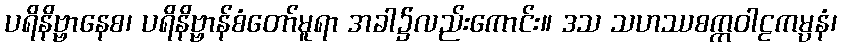
ပရိနိဗ္ဗာနေစ၊ ပရိနိဗ္ဗာန်စံတော်မူရာ အခါ၌လည်းကောင်း။ ဒသ သဟဿစက္ကဝါဠကမ္ပနံ၊